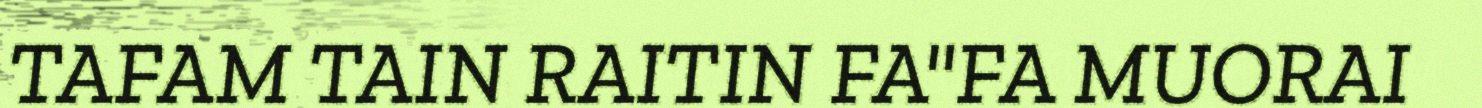
TAFAM TAIN RAITIN FA"FA MUORAI